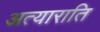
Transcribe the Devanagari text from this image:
अत्याराति